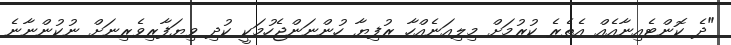
"ދެ ކޮންޓެއިނާއެއް އެތެރެ ކުރުމަށް މިލިއަނެއްހާ ރުފިޔާ ހުންނަންޖެހުމަކީ ކުދި ވިޔަފާރިވެރިނަށް ނުކުންނާނެ